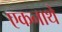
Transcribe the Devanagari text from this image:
एकनाथे